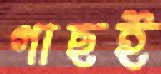
গাছই